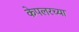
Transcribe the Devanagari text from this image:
केपलरच्या